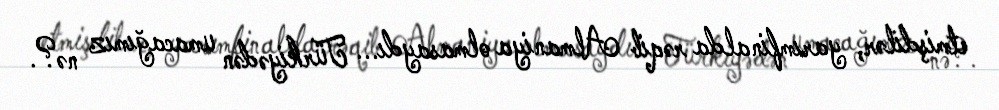
etmişdilər, yarımfinalda rəqib Almaniya olmasaydı... Türkiyədən umacağımız nə?.